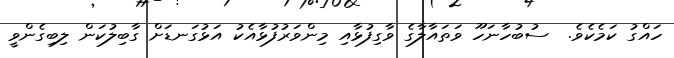
ހައްގު ކަމެކެވެ.  ސުބުހާނަހޫ ވަތައާލާގެ ވާގިފުޅާއި މިންވަރުފުޅާއެކު އަޅުގަނޑަށް ގާބިލުކަން ލިބިގެންވީ